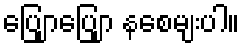
ပြျောပြျော နစေမျးပါ။